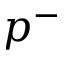
p ^ { - }